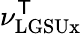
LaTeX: \nu_{\mathrm{LGSUx}}^{\mathsf{T}}